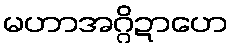
မဟာအဂ္ဂိဍာဟေ